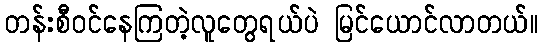
တန်းစီဝင်နေကြတဲ့လူတွေရယ်ပဲ မြင်ယောင်လာတယ်။